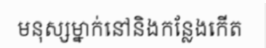
មនុស្សម្នាក់នៅនិងកន្លែងកើត